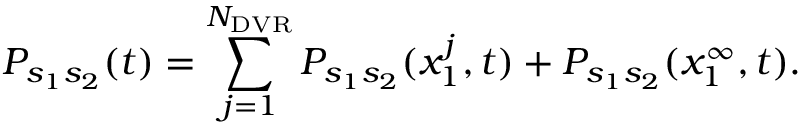
P _ { s _ { 1 } s _ { 2 } } ( t ) = \sum _ { j = 1 } ^ { N _ { \mathrm { D V R } } } P _ { s _ { 1 } s _ { 2 } } ( x _ { 1 } ^ { j } , t ) + P _ { s _ { 1 } s _ { 2 } } ( x _ { 1 } ^ { \infty } , t ) .